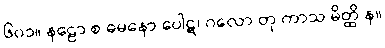
၆၀၁။ နဠော စ ဓမနော ပေါဋ၊ ဂလော တု ကာသ မိတ္ထိ န။